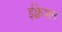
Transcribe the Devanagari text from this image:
ईक्वेशन